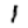
Digit: 1